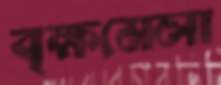
বৃক্ষমেলা